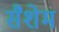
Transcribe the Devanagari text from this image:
सैशेम